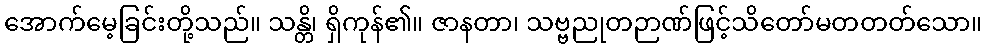
အောက်မေ့ခြင်းတို့သည်။ သန္တိ၊ ရှိကုန်၏။ ဇာနတာ၊ သဗ္ဗညုတဉာဏ်ဖြင့်သိတော်မတတတ်သော။